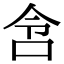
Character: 𫩧